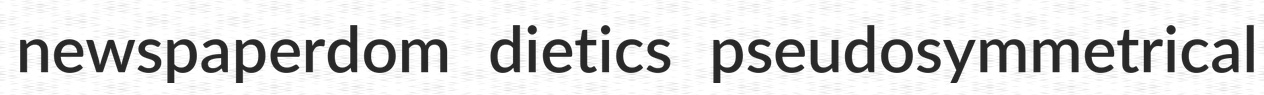
newspaperdom dietics pseudosymmetrical